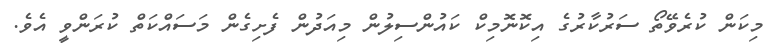
މިކަން ކުރެވޭތޯ ސަރުކާރުގެ އިކޮނޮމިކް ކައުންސިލުން މިއަދުން ފެށިގެން މަސައްކަތް ކުރަންވީ އެވެ.